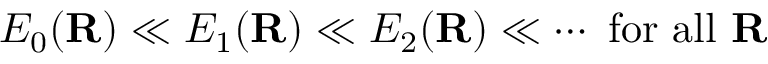
E _ { 0 } ( \mathbf { R } ) \ll E _ { 1 } ( \mathbf { R } ) \ll E _ { 2 } ( \mathbf { R } ) \ll \cdots { \mathrm { ~ f o r ~ a l l ~ } } \mathbf { R }